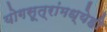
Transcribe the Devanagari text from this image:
योगसूत्रांमध्येही